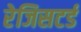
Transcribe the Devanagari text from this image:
रेजिसटर्ड